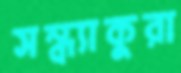
সন্ধ্যাকুরা